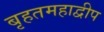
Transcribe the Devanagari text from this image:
बृहतमहाद्वीप